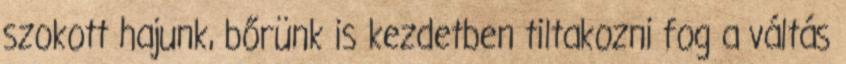
szokott hajunk, bőrünk is kezdetben tiltakozni fog a váltás